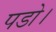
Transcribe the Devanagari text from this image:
पडो।